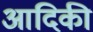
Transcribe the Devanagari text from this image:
आदिकी